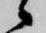
候